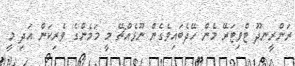
ރަންރީނދޫ ޓްވިޓަރޭ މެން ހޭދެބައިވެގެން ނޫޅެއްޗޭ މީ މަމެންގެ ވެރިކަން އަދި މީ